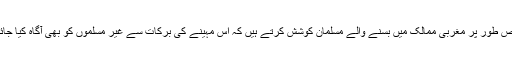
خاص طور پر مغربی ممالک میں بسنے والے مسلمان کوشش کرتے ہیں کہ اس مہینے کی برکات سے غیر مسلموں کو بھی آگاہ کیا جائے۔